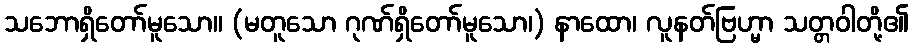
သဘောရှိတော်မူသော။ (မတူသော ဂုဏ်ရှိတော်မူသော၊) နာထော၊ လူနတ်ဗြဟ္မာ သတ္တဝါတို့၏